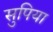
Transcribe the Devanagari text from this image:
सुपिया